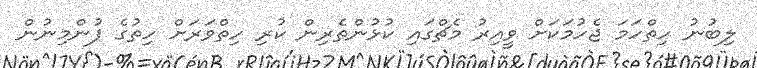
ލިބުނު ހިތްހަމަ ޖެހުމަކަށް ވީއިރު މެޗްގައި ކުޅުންތެރިން ކުރި ހިތްވަރަށް ހިތުގެ ފުންމިނުން